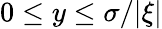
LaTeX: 0\le y\le\sigma/|\xi|